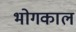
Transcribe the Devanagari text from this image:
भोगकाल